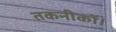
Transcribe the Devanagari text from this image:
तकनीकों।